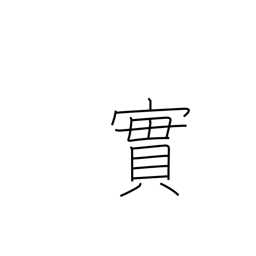
Meaning: truth